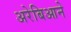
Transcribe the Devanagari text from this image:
अरेबिआने